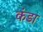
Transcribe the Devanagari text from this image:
कंडा